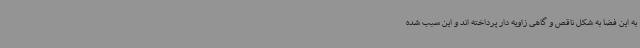
به این فضا به شکل ناقص و گاهی زاویه دار پرداخته اند و این سبب شده